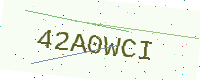
Text: 42A0WCI